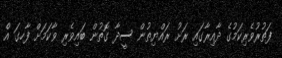
ފަތުރުވެރިކަމުގެ ދާއިރާގައި ރަށު ރައްޔިތުން ސީދާ ގޮތުން ބައިވެރި ވާކަމަށް ފާހގަ އެް